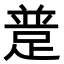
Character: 𨂝